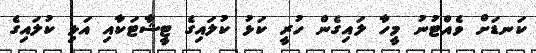
ކަނޑަށް ވެއްޓުނު މީހާ ލައިގެން ހުރީ ކަޅު ކުލައިގެ ޓީޝާޓަކާއި އަޅި ކުލައިގެ